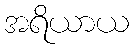
အရိယာယ